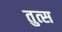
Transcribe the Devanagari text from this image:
तुत्स